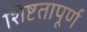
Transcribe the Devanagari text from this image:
शिष्टतापूर्ण